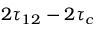
2 \tau _ { 1 2 } - 2 \tau _ { c }